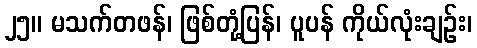
၂၅။ မသက်တဖန်၊ ဖြစ်တုံ့ပြန်၊ ပူပန် ကိုယ်လုံးချဉ်း၊